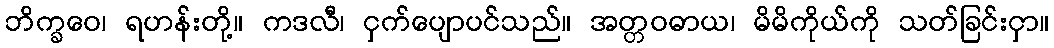
ဘိက္ခဝေ၊ ရဟန်းတို့။ ကဒလီ၊ ငှက်ပျောပင်သည်။ အတ္တဝဓာယ၊ မိမိကိုယ်ကို သတ်ခြင်းငှာ။